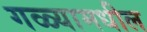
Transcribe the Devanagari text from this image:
गळ्यामधील